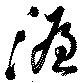
渥